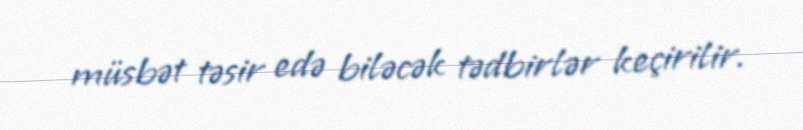
müsbət təsir edə biləcək tədbirlər keçirilir.